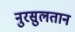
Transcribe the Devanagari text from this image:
नुरसुलतान